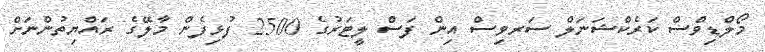
މޯލްޑިވްސް ކަރެކްޝަނަލް ސަރވިސް އިން ފަސް ލީޓަރުގެ 2500 ފުޅިފެން މާލޭގެ ރައްޔިތުންނަށް